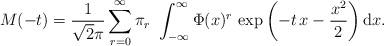
LaTeX: \begin{align*}M(-t)=\frac{1}{\sqrt 2\pi}\sum_{r=0}^\infty \pi_r\,\,\int_{-\infty}^{\infty}\Phi(x)^r\,\exp\left(-t\,x-\frac{x^2}{2}\right)\mathrm{d}x.\end{align*}